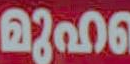
22006